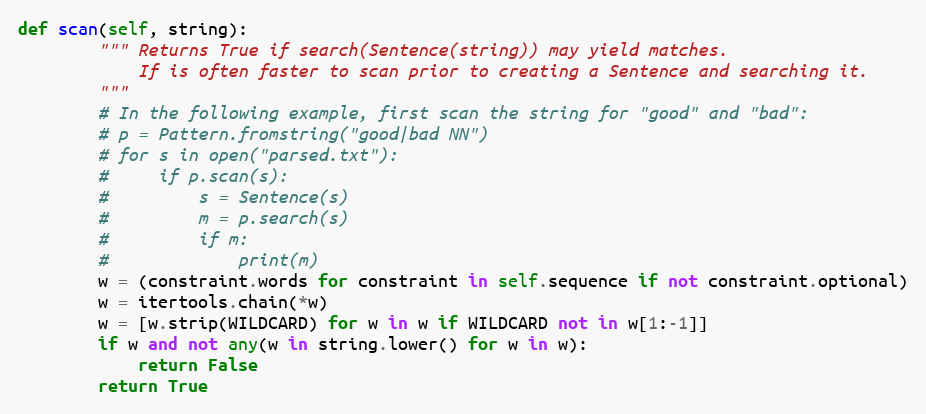
Language: Python
def scan(self, string):
        """ Returns True if search(Sentence(string)) may yield matches.
            If is often faster to scan prior to creating a Sentence and searching it.
        """
        # In the following example, first scan the string for "good" and "bad":
        # p = Pattern.fromstring("good|bad NN")
        # for s in open("parsed.txt"):
        #     if p.scan(s):
        #         s = Sentence(s)
        #         m = p.search(s)
        #         if m:
        #             print(m)
        w = (constraint.words for constraint in self.sequence if not constraint.optional)
        w = itertools.chain(*w)
        w = [w.strip(WILDCARD) for w in w if WILDCARD not in w[1:-1]]
        if w and not any(w in string.lower() for w in w):
            return False
        return True